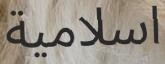
اسلامية